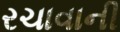
રચાવાની